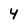
Character: 4